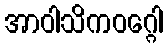
အာဝါသိကဝဂ္ဂေါ